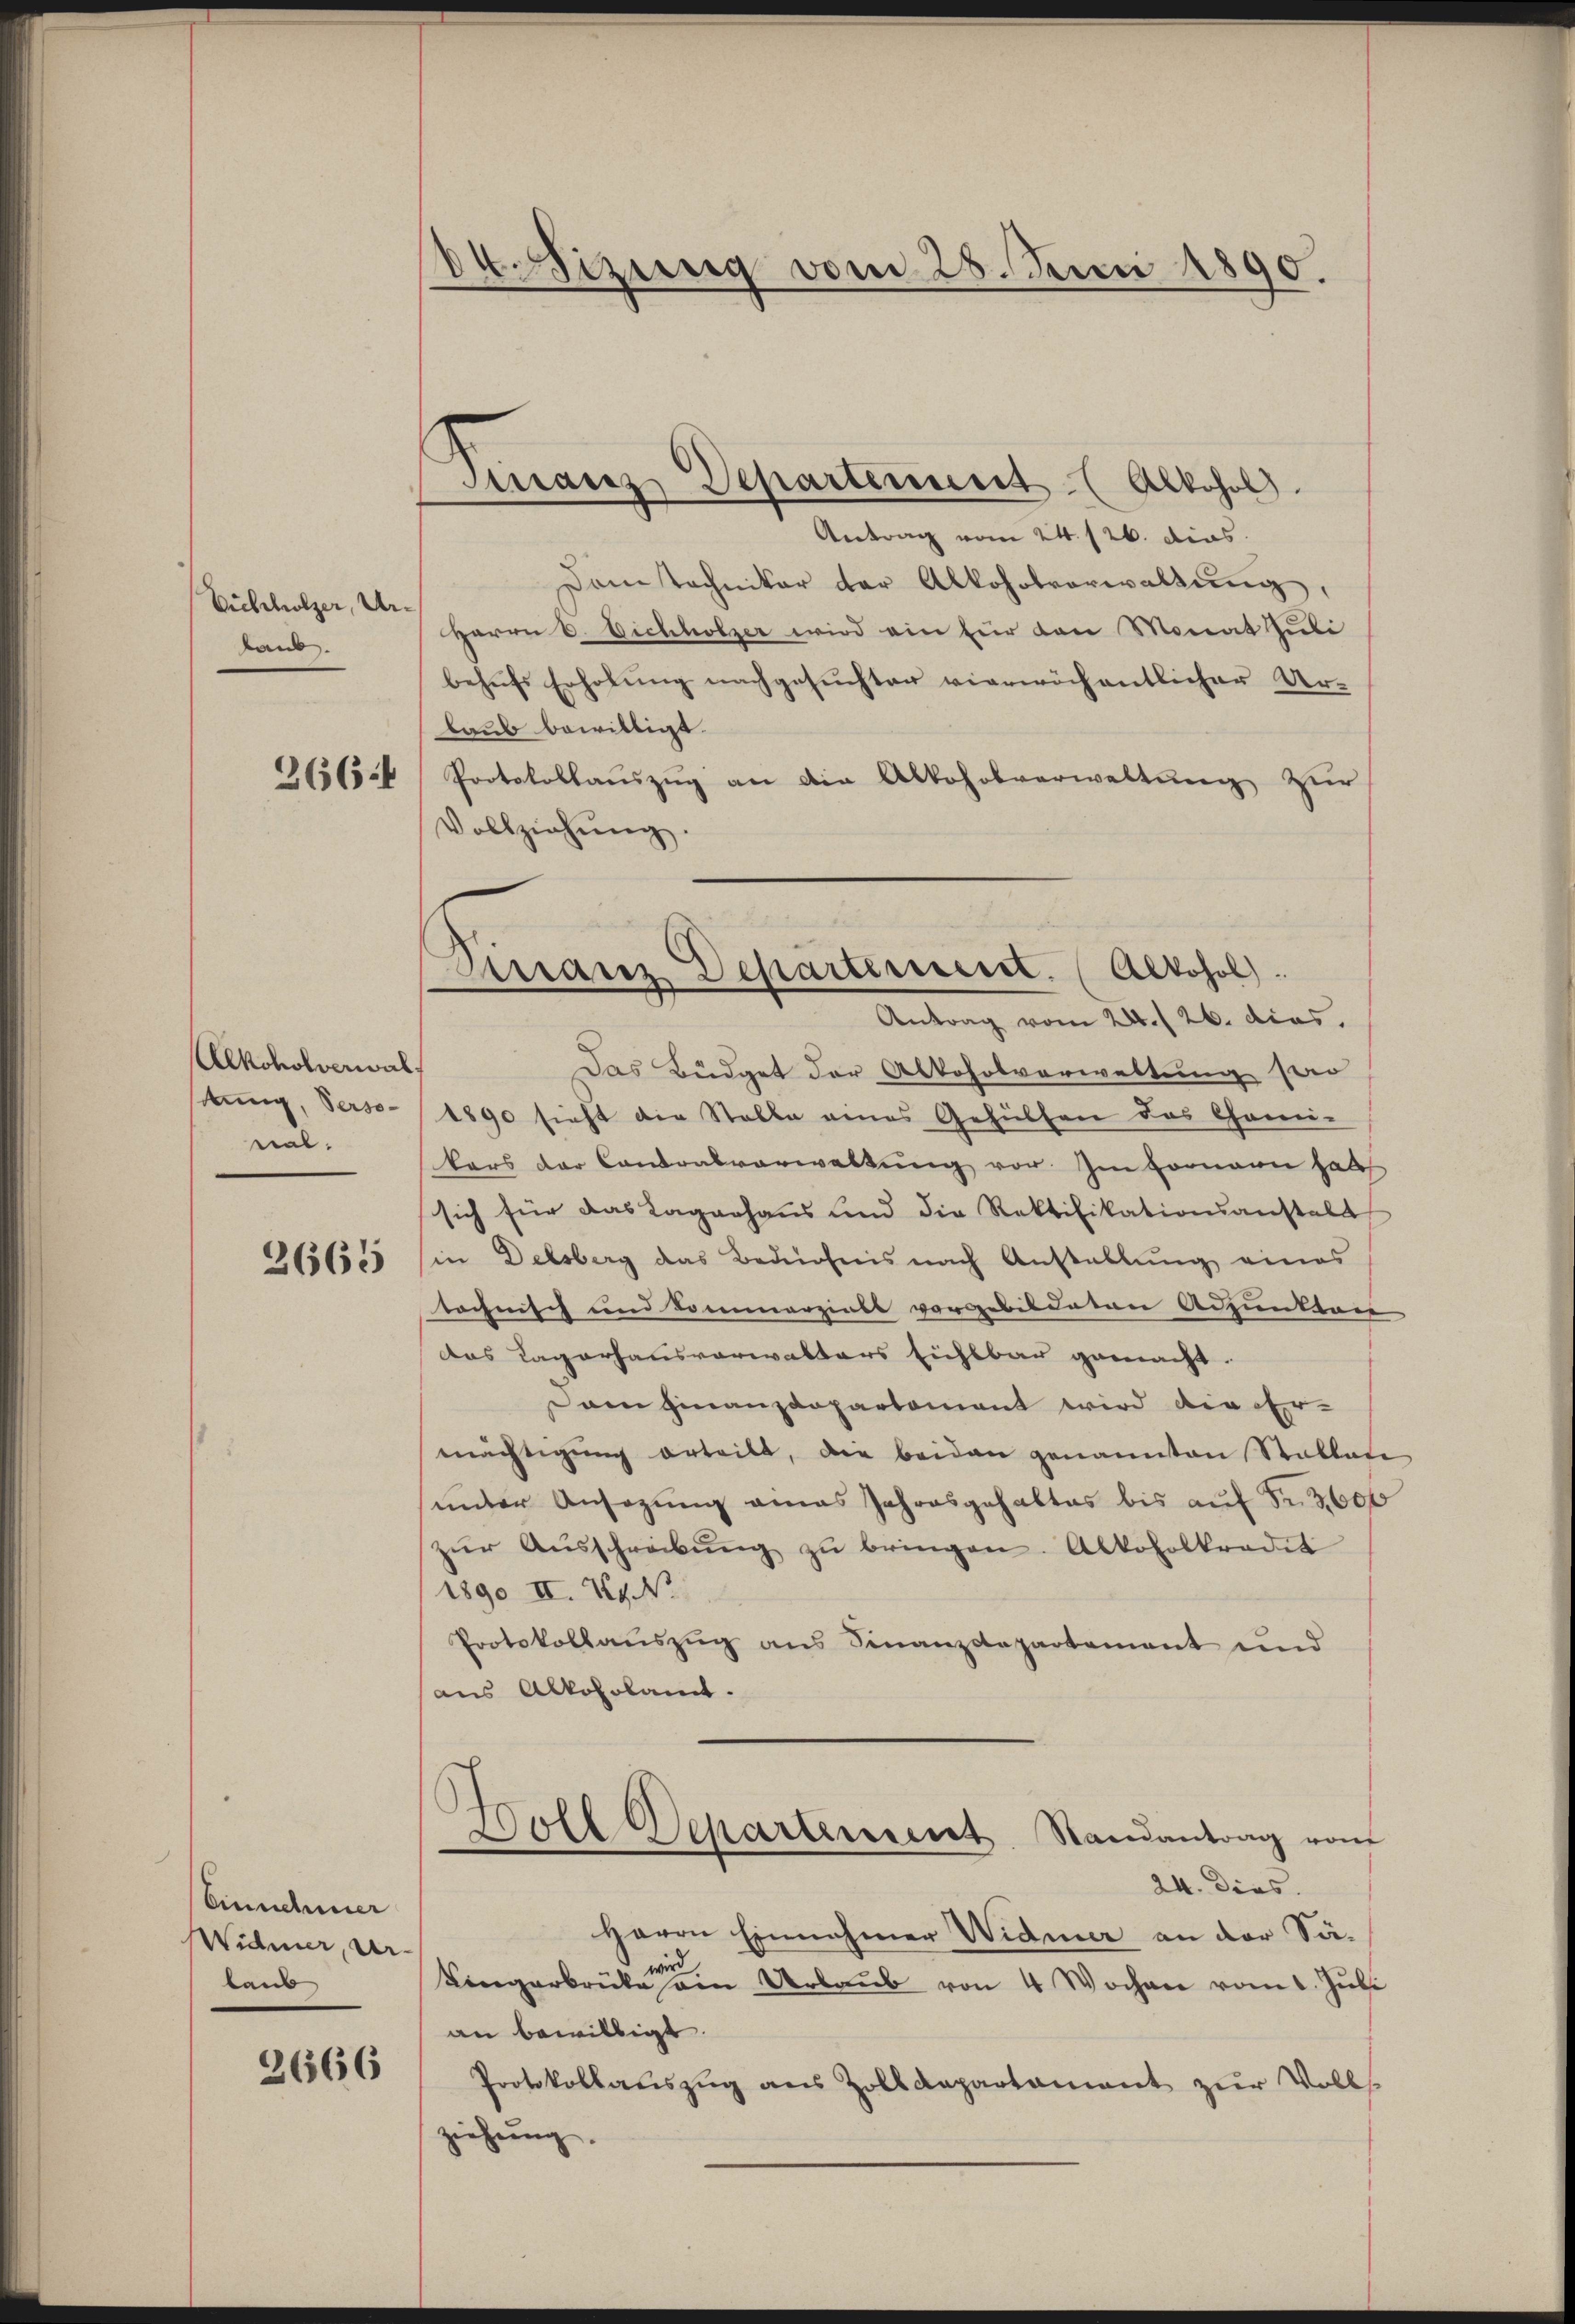
Vielholzer, Urlaub.

266.

Alkoholverwal
stung, Versonal.

2665

Einnehmer
Widmer, Ur
laub

2666

84 Sizung vom 28. Juni 1890.

Dirranz Departement. (Alkohol.
Antrag vom 24. 26. dies

Finanz Departement (Alkohol.
Antrag vom 24. 126. dies.
Dam techniker der Alkoholverwaltung,
Herrn C. Eichholzer wird ein für den Monat Juli
behufs Erholung nachgesuchter vierwöchentlicher Urlaub bewilligt.
Protokollauszug an die Alkoholverwaltung zur
Vollziehŭng.
Das Büdget der Alkoholverwaltung soo
1890 sieht die Stelle eines Gehülfen das Comi-
kars der Landralverwaltŭng vor. Im formann hab
sich für das Lagerhaus und die Rektifikationsanstalt
in Delsberg das Bedürfnis nach Anstellung eines
technisch und Commerziell vorgebildeten Adjunkten
das Lagerhausverwalters sichtbar gemacht.
am Finanzdepartement wird die Ermächtigŭng erteilt, die beiden genannten Statten
unter Ansezung eines Jahresgehaltes bis auf S. 3,600
zŭr Aŭsschreibŭng zŭ bringen. Alkoholtradit
1890 II. 74. No
Protokollauszug aus Finanzdepartement und
aus Alkoholamt.
Doll Departement Randantrag vom
e
24. Dies.
Herrn Einnahmer Widmer an der Säwird
Kingerbrücke am Urbaŭb von 4 Wochen vom 1. Jŭli
an bewilligt.
Protokollaŭszŭg ans Zolldepartament zur Volls
ziehung.